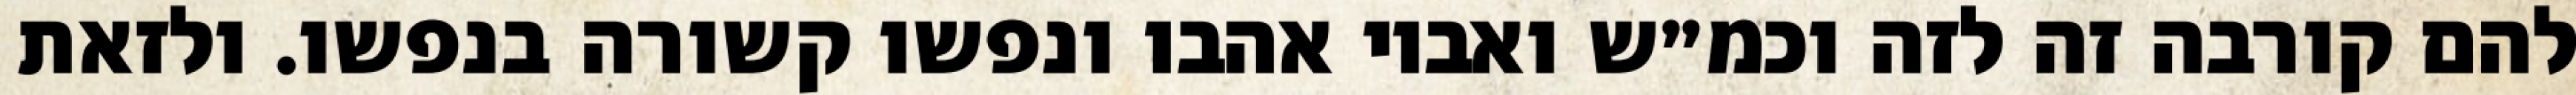
להם קורבה זה לזה וכמ״ש ואביו אהבו ונפשו קשורה בנפשו. ולזאת